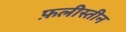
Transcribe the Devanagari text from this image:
फ़लीस्तीन